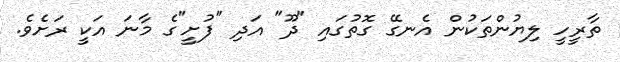
ތާރީހީ ލިޔުންތަކުން އެނގޭ ގޮތުގައި "ދޫ" އަދި "ފުށީ"ގެ މާނަ އަކީ ރަށެވެ.